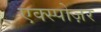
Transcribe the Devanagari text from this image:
एक्स्पोज़र